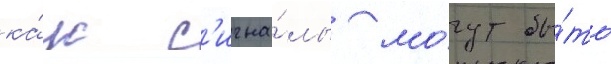
ка́к с'игна́лы мо́гут бы́ть